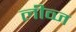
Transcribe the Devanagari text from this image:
लीव्ज